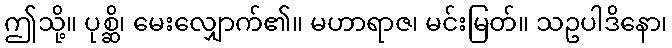
ဤသို့။ ပုစ္ဆိ၊ မေးလျှောက်၏။ မဟာရာဇ၊ မင်းမြတ်။ သဥပါဒိနော၊